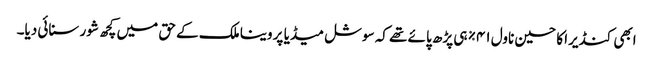
ابھی کنڈیرا کا حسین ناول ۴۱% ہی پڑھ پائے تھے کہ سوشل میڈیا پر وینا ملک کے حق میں کچھ شور سنائی دیا۔